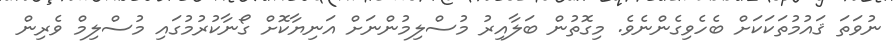
ނުވަތަ ޤައުމުތަކަކަށް ބެހެވިގެންނެވެ. މިގޮތުން ބަލާއިރު މުސްލިމުންނަށް އަނިޔާކޮށް ގޯނާކުރުމުގައި މުސްލިމް ވެރިން